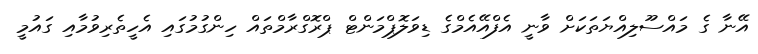
އޭނާ ގެ މައްސޫލިއްޔަތަކަށް ވާނީ އެފްއޭއެމްގެ ޑިވަލޮޕްމަންޓް ޕްރޮގްރާމްތައް ހިންގުމުގައި އެހީތެރިވުމާއި ގައުމީ